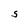
Character: S